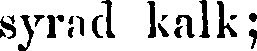
syrad kalk;